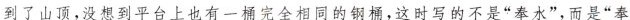
到了山顶，没想到平台上也有一桶完全相同的钢桶，这时写的不是“奉水”，而是“奉